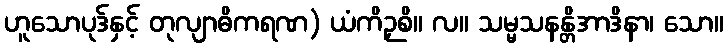
ဟူသောပုဒ်နှင့် တုလျာဓိကရဏ) ယံကိဉှစိ။ လ။ သမ္မသနန္တိအာဒိနာ၊ သော။